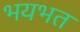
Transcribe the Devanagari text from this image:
भयभत